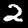
Digit: 2